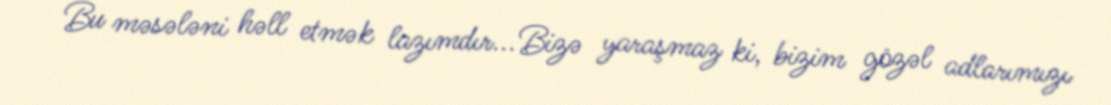
Bu məsələni həll etmək lazımdır... Bizə yaraşmaz ki, bizim gözəl adlarımızı